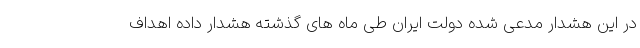
در این هشدار مدعی شده دولت ایران طی ماه های گذشته هشدار داده اهداف